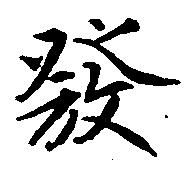
発